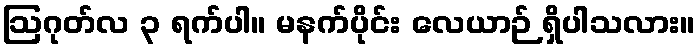
ဩဂုတ်လ ၃ ရက်ပါ။ မနက်ပိုင်း လေယာဉ် ရှိပါသလား။